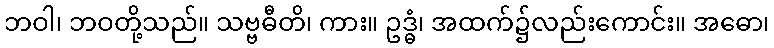
ဘဝါ၊ ဘဝတို့သည်။ သဗ္ဗဓီတိ၊ ကား။ ဥဒ္ဓံ၊ အထက်၌လည်းကောင်း။ အဓော၊